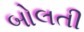
બોલતી